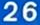
26